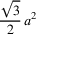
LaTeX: { \frac { \sqrt { 3 } } { 2 } } \, a ^ { 2 }